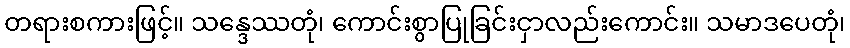
တရားစကားဖြင့်။ သန္ဒေဿတုံ၊ ကောင်းစွာပြုခြင်းငှာလည်းကောင်း။ သမာဒပေတုံ၊